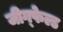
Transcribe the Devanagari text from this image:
जीग्फेल्ड